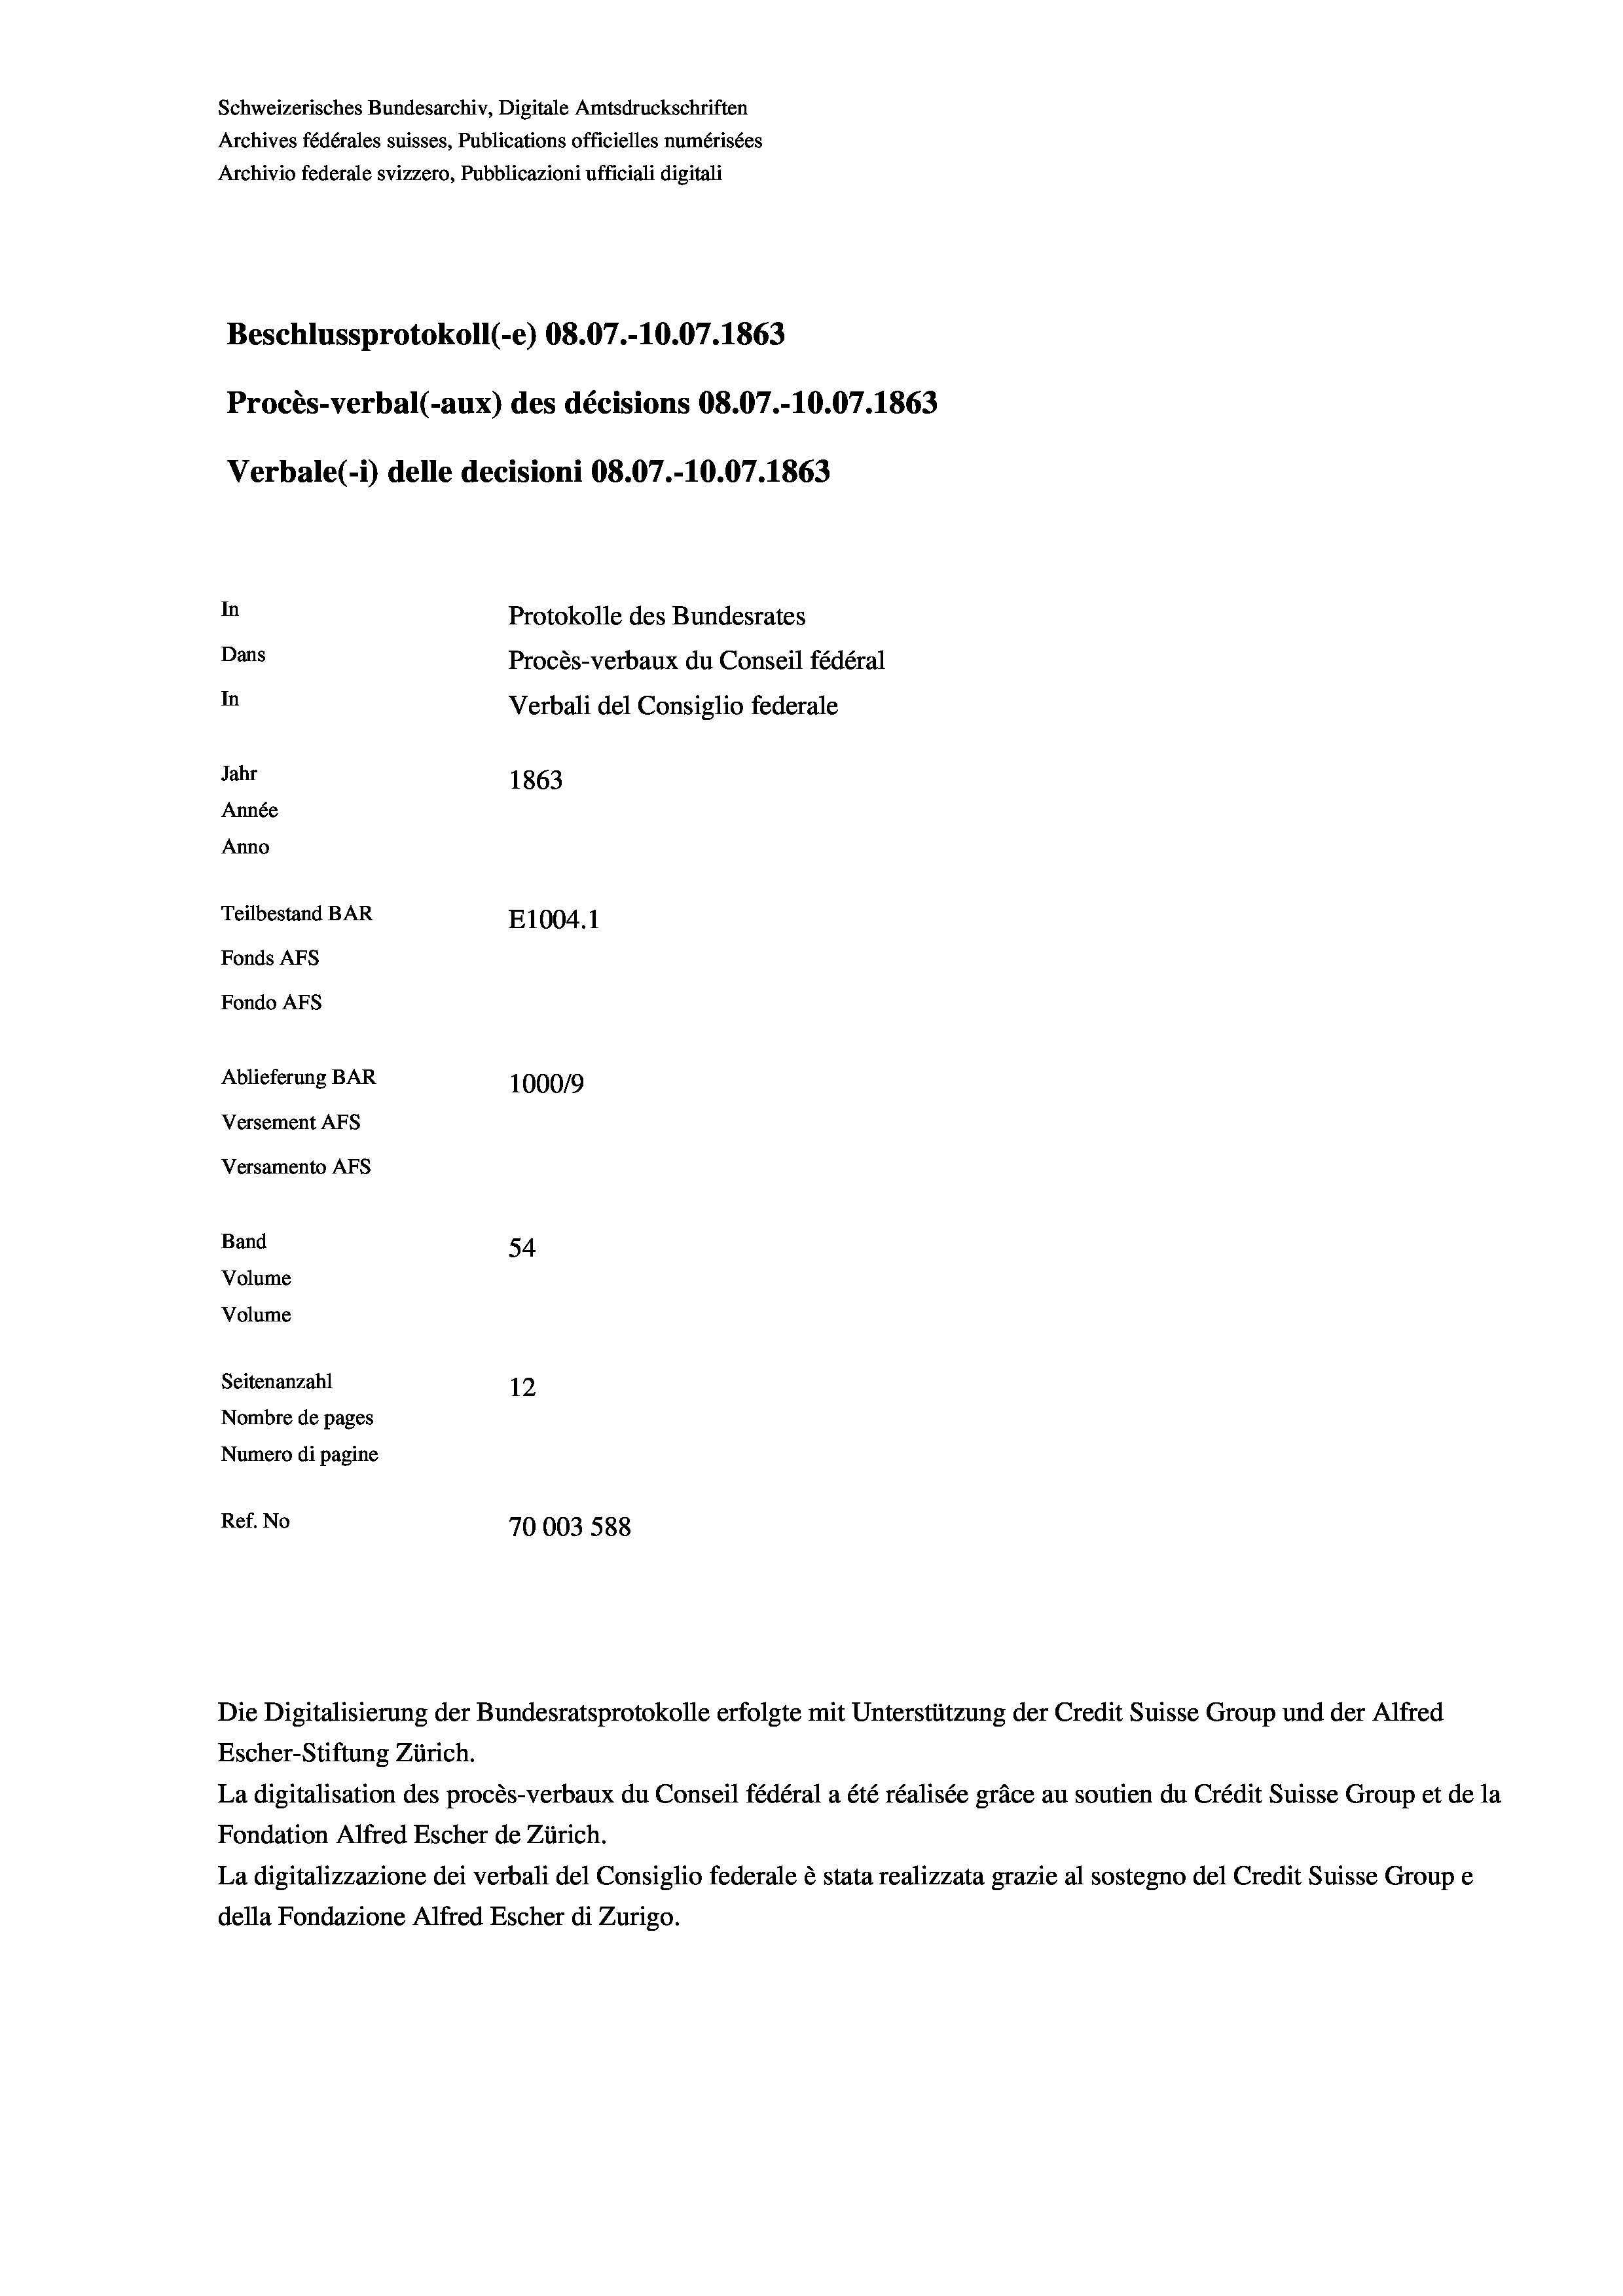
Schweizerisches Bundesarchiv, Digitale Amtsdruckschriften
Archives fédérales suisses, Publications officielles numérisées
Archivio federale svizzero, Pubblicazioni ufficiali digitali
Beschlussprotokoll (-e) 08.07.-10.07. 1863
Procès-verbal (-aux) des décisions 08.07.-10.07. 1863
Verbale (i) delle decisioni 08.07.-10.07. 1863
In
Protokolle des Bundesrates
Dans
Procès-verbaux du Conseil fédéral
In
Verbali del Consiglio federale
Jahr
1863
Année
Anno
Teilbestand BAR
E1004. 1
Fonds AFs
Fondo AFS
Ablieferung BAR
100019
Versement AFs
Versamento AFs
Band
54
Volume
Volume
Seitenanzahl
12
Nombre de pages
Numero di pagine
Ref. No
70003 588

Escher-Stiftung Zürich.
La digitalisation des procès-verbaux du Conseil fédéral a été réalisée gräce au soutien du Crédit Suisse Group et de la
Fondation Alfred Escher de Zürich.
La digitalizzazione dei verbali del Consiglio federale è stata realizzata grazie al sostegno del Credit Suisse Groupe
della Fondazione Alfred Escher di Zurigo.

Die Digitalisierung der Bundesratsprotokolle erfolgte mit Unterstützung der Credit Suisse Group und der Alfred